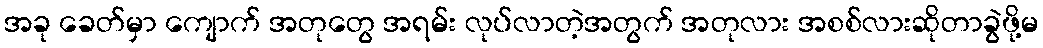
အခု ခေတ်မှာ ကျောက် အတုတွေ အရမ်း လုပ်လာတဲ့အတွက် အတုလား အစစ်လားဆိုတာခွဲဖို့မ